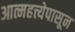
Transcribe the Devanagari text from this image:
आत्महत्त्येपासून